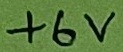
Text: +6V